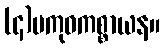
(၄)ပကုဓကစ္စာယန။